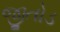
જીતોડ